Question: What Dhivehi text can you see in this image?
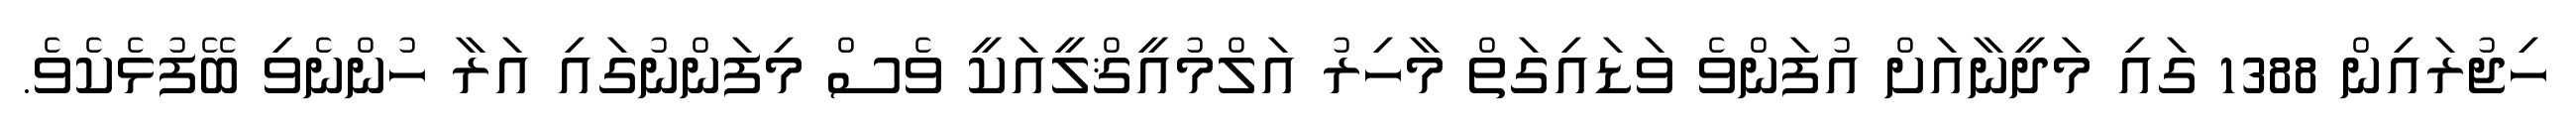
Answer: ހިޖުރައިން 1388 ގައި މަދީނާއަށް އުފަންވެ ވަޑައިގަތް މާހިރު އަލްމުއީޤްލީއަކީ ވެސް މިފަންނުގައި އަރާ ހުންނެވި ބޭފުޅެކެވެ.